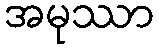
အမုဿာ